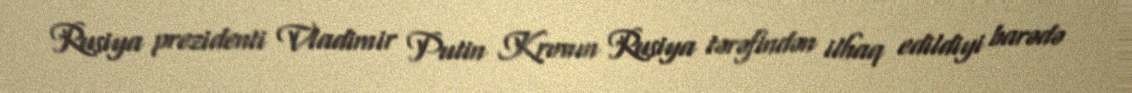
Rusiya prezidenti Vladimir Putin Krımın Rusiya tərəfindən ilhaq edildiyi barədə